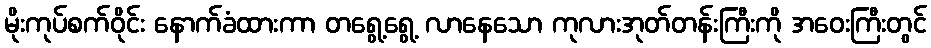
မိုးကုပ်စက်ဝိုင်း နောက်ခံထားကာ တရွေ့ရွေ့ လာနေသော ကုလားအုတ်တန်းကြီးကို အဝေးကြီးတွင်